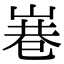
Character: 㟟